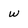
Character: w